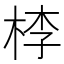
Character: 𣒶